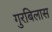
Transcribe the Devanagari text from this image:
गुरबिलास